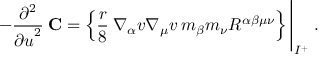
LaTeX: - \frac { \partial ^ { 2 } } { { \partial u } ^ { 2 } } \: { \bf C } = \left\{ \frac { r } { 8 } \: \nabla _ { \alpha } v \nabla _ { \mu } v \: m _ { \beta } m _ { \nu } R ^ { \alpha \beta \mu \nu } \right\} \Biggl | _ { { \cal I } ^ { + } } \; .